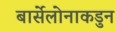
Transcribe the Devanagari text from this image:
बार्सेलोनाकडुन